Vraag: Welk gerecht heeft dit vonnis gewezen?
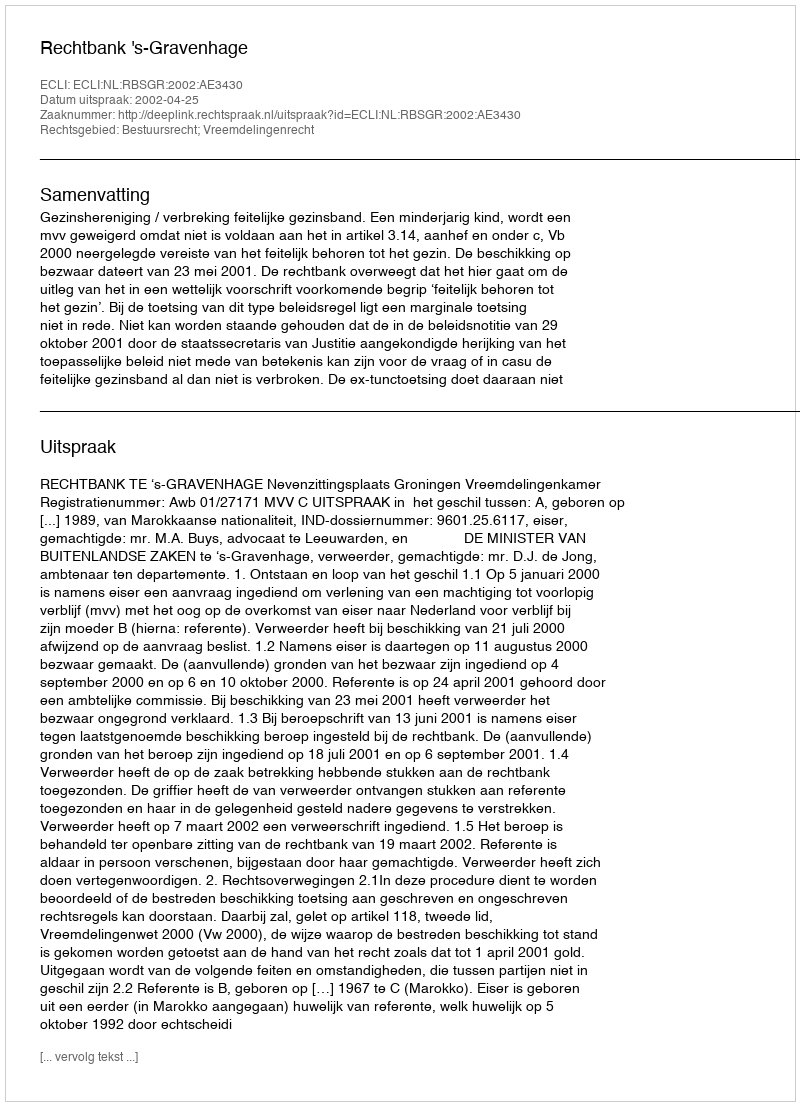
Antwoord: Rechtbank 's-Gravenhage